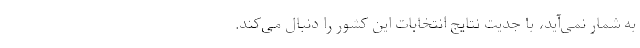
به شمار نمی‌آید، با جدیت نتایج انتخابات این کشور را دنبال می‌کند.